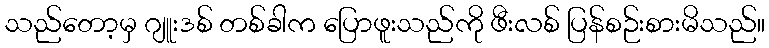
သည်တော့မှ ဂျူးဒစ် တစ်ခါက ပြောဖူးသည်ကို ဖီးလစ် ပြန်စဉ်းစားမိသည်။